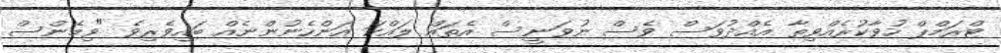
ޓްރަމްޕް ހުވާކުރެއްވިތާ އެއްދުވަސް ވެސް ނުވަނީސް އެތައް ލައްކަ އަންހެނުންނެއް ބައިވެރިވެ "ވިމެންސް